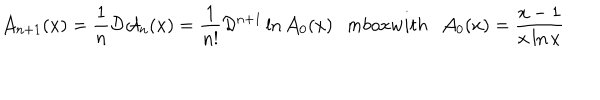
{ \cal A } _ { n + 1 } ( x ) = \frac { 1 } { n } { \cal D } { \cal A } _ { n } ( x ) = \frac { 1 } { n ! } { \cal D } ^ { n + 1 } \ln { \cal A } _ { 0 } ( x ) \; \; \, m b o x { w i t h } \ \ \ { \cal A } _ { 0 } ( x ) = \frac { x - 1 } { x \ln x } \,